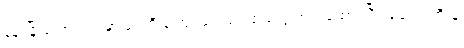
နန်းမြို့ တောင်ပြင်မှာ ရုံးကြီးနဲ့ အုပ်ချုပ်ရေးရုံးတွေ တည်ထောင်ပြီး ဆေးရုံကြီးနဲ့